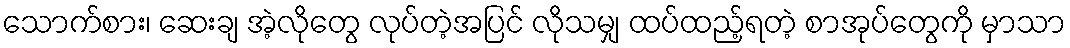
သောက်စား၊ ဆေးချ အဲ့လိုတွေ လုပ်တဲ့အပြင် လိုသမျှ ထပ်ထည့်ရတဲ့ စာအုပ်တွေကို မှာသာ